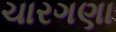
ચારગણા